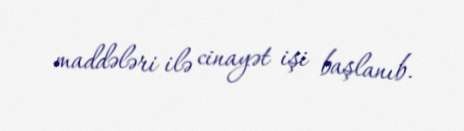
maddələri ilə cinayət işi başlanıb.